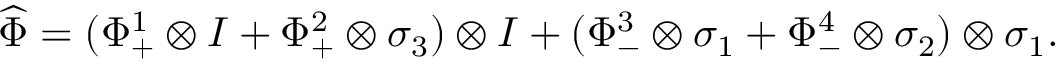
\widehat { \Phi } = ( \Phi _ { + } ^ { 1 } \otimes I + \Phi _ { + } ^ { 2 } \otimes \sigma _ { 3 } ) \otimes I + ( \Phi _ { - } ^ { 3 } \otimes \sigma _ { 1 } + \Phi _ { - } ^ { 4 } \otimes \sigma _ { 2 } ) \otimes \sigma _ { 1 } .